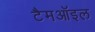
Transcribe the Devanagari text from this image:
टैमऑइल